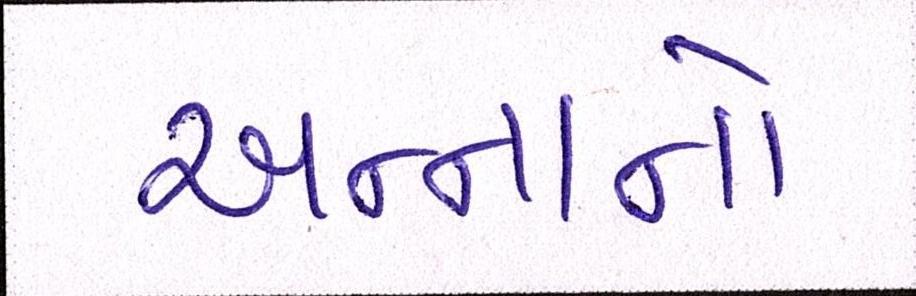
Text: અન્નાનો